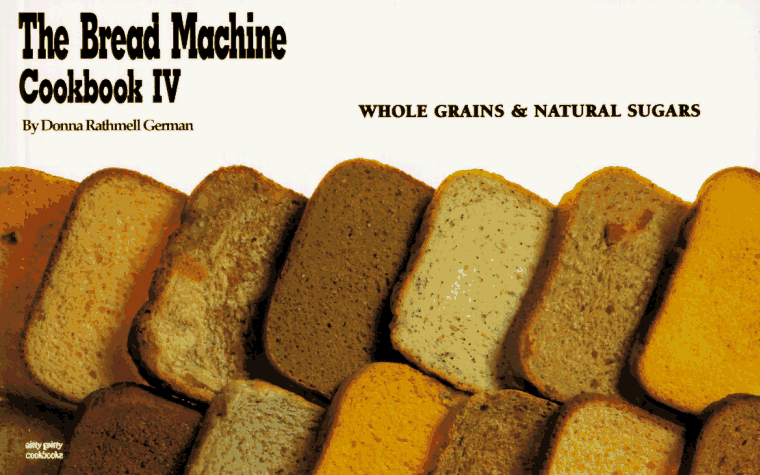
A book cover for The Bread Machine Cookbook IV: Whole Grains & Natural Sugars (Nitty Gritty Cookbooks) (No. 4); Donna Rathmell German; Cookbooks, Food & Wine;